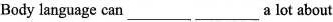
Body language can ___ ___ a lot about